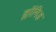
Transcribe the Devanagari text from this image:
क्लॉमिड